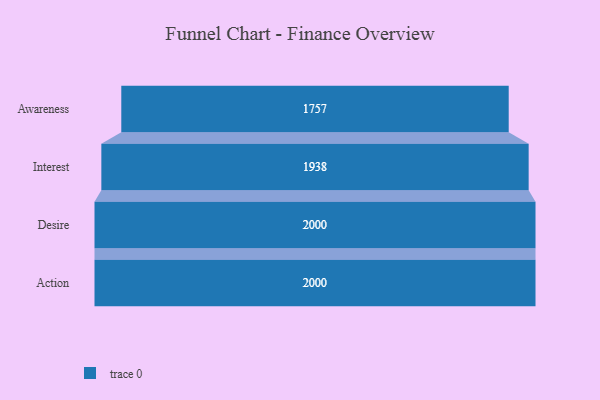
{"axis": {"x": "Stage", "y": "Value"}, "legend": [""], "data": [{"x": "Awareness", "y": 1757.0, "type": ""}, {"x": "Interest", "y": 1938.0, "type": ""}, {"x": "Desire", "y": 2000, "type": ""}, {"x": "Action", "y": 2000, "type": ""}]}